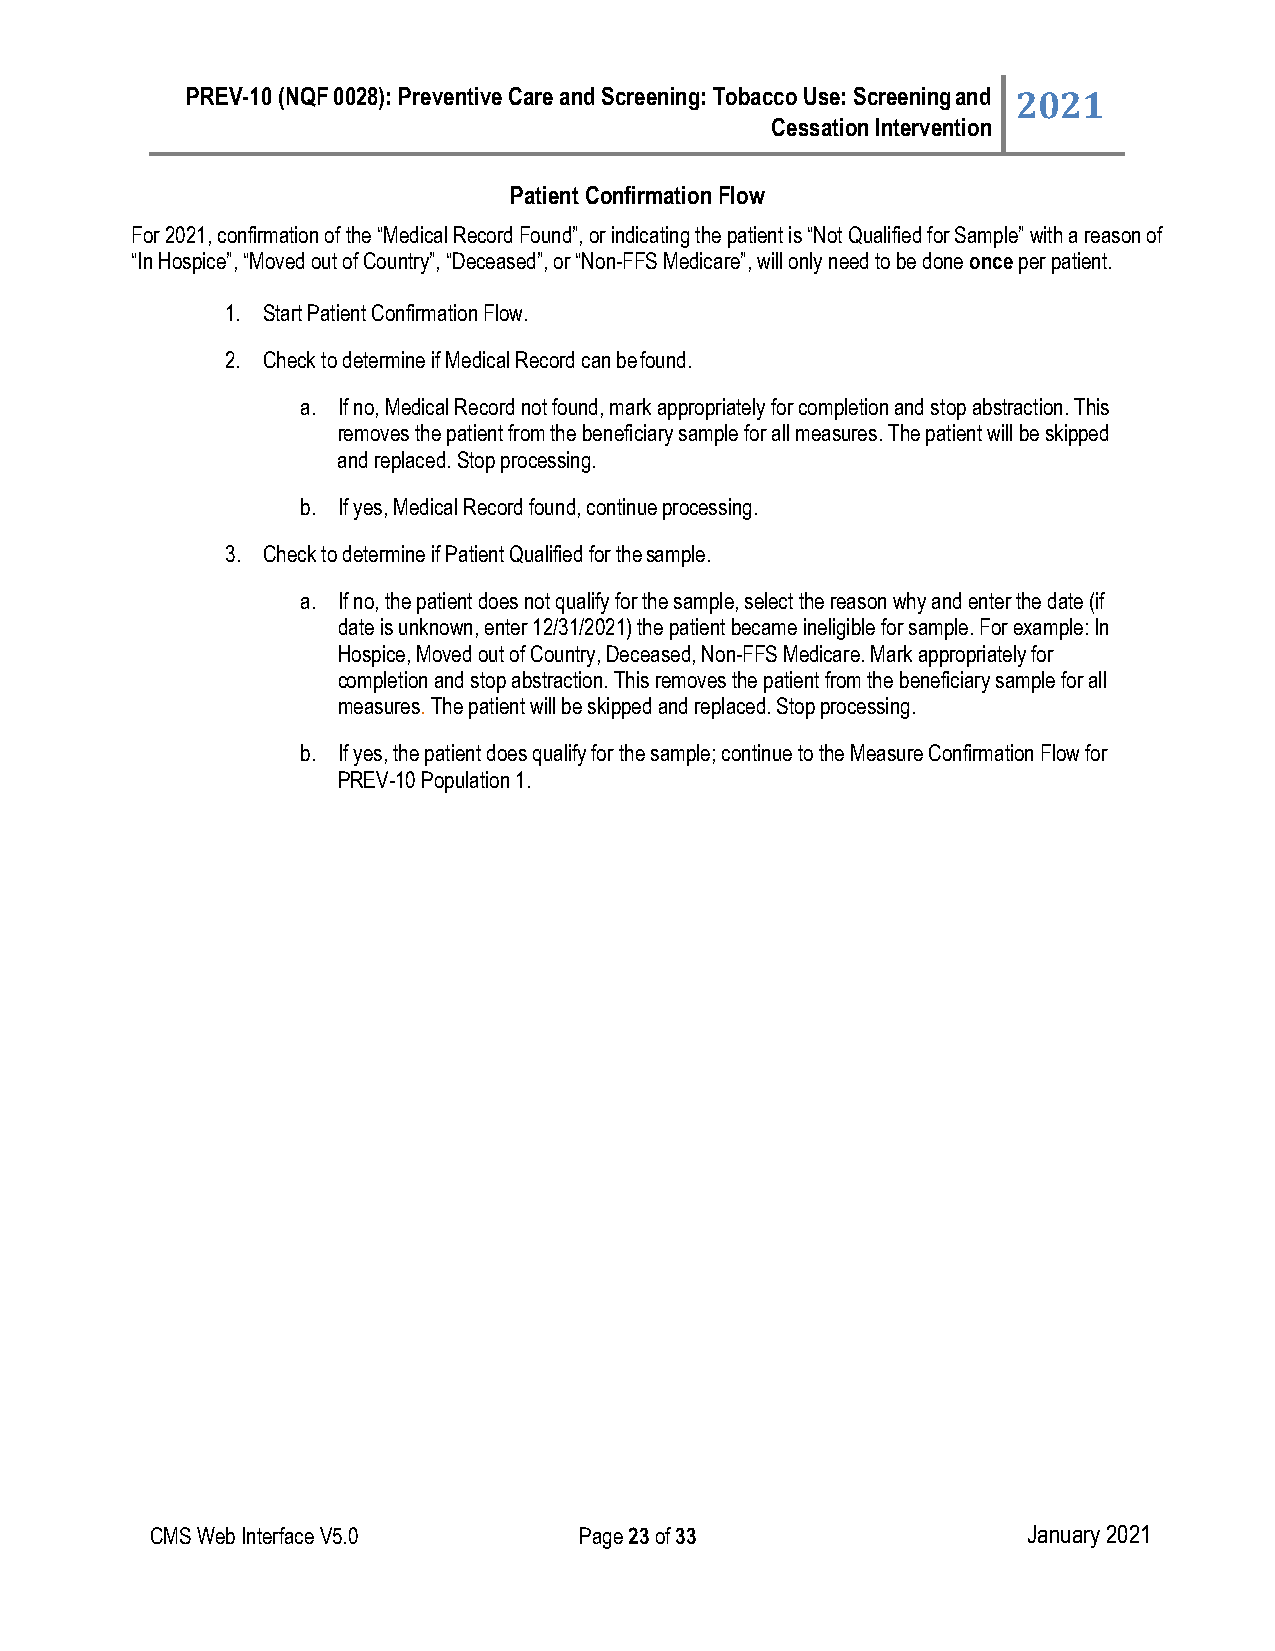
PREV-10 (NQF 0028): Preventive Care and Screening: Tobacco Use: Screening and 2021
 Cessation Intervention
 Patient Confirmation Flow
 For 2021, confirmation of the “Medical Record Found”, or indicating the patient is “Not Qualified for Sample” with a reason of
 “In Hospice”, “Moved out of Country”, “Deceased”, or “Non-FFS Medicare”, will only need to be done once per patient.
 1. Start Patient Confirmation Flow.
 2. Check to determine if Medical Record can be found.
 a. If no, Medical Record not found, mark appropriately for completion and stop abstraction. This
 removes the patient from the beneficiary sample for all measures. The patient will be skipped
 and replaced. Stop processing.
 b. If yes, Medical Record found, continue processing.
 3. Check to determine if Patient Qualified for the sample.
 a. If no, the patient does not qualify for the sample, select the reason why and enter the date (if
 date is unknown, enter 12/31/2021) the patient became ineligible for sample. For example: In
 Hospice, Moved out of Country, Deceased, Non-FFS Medicare. Mark appropriately for
 completion and stop abstraction. This removes the patient from the beneficiary sample for all
 measures. The patient will be skipped and replaced. Stop processing.
 b. If yes, the patient does qualify for the sample; continue to the Measure Confirmation Flow for
 PREV-10 Population 1.
 CMS Web Interface V5.0      Page 23 of 33                 January 2021